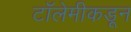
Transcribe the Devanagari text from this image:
टॉलेमीकडून